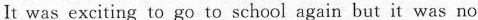
It was exciting to go to school again but it was no